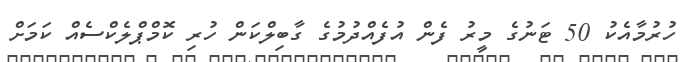
ހުރުމާއެކު 50 ޓަނުގެ މީރު ފެން އުފެއްދުމުގެ ގާބިލްކަން ހުރި ކޮމްޕްލެކްސެއް ކަމަށް